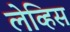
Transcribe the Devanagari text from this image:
लेव्हिस